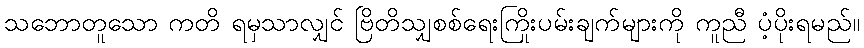
သဘောတူသော ကတိ ရမှသာလျှင် ဗြိတိသျှစစ်ရေးကြိုးပမ်းချက်များကို ကူညီ ပံ့ပိုးရမည်။